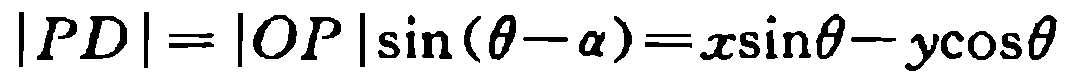
\(|PD| = |OP|\sin(\theta - \alpha)=x\sin\theta - y\cos\theta\)